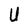
Character: U